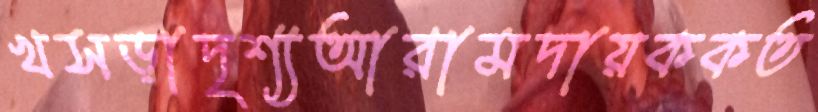
খসড়াদৃশ্যআরামদায়ককত